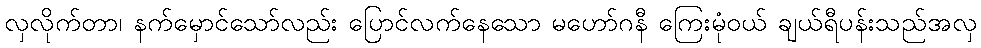
လှလိုက်တာ၊ နက်မှောင်သော်လည်း ပြောင်လက်နေသော မဟော်ဂနီ ကြေးမုံဝယ် ချယ်ရီပန်းသည်အလှ